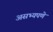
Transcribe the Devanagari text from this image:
असभ्यपणे